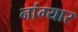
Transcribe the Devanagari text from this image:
नांग्यार